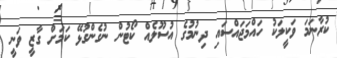
ކުރާނަމަ ވަކީލަކު ހައްމަޖައްސައި ދިނުމުގެ އުސޫލެއް ކޯޓުން ނުގެންގުޅޭ ކަމަށް ގާޒީ ވަނީ